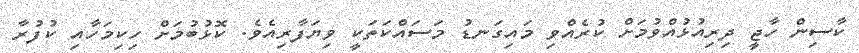
ކާސިން ހާޖީ ދިރިއުޅުއްވުމަށް ކުރެއްވި މައިގަނޑު މަސައްކަތަކީ ވިޔަފާރިއެވެ. ކޮޅުބުމަށް ހިކިމަހާއި ކުފުރާ